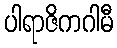
ပါရာဇိကဂါမီ